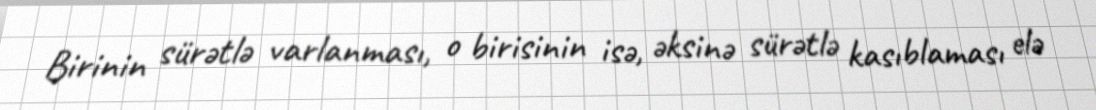
Birinin sürətlə varlanması, o birisinin isə, əksinə sürətlə kasıblaması elə